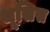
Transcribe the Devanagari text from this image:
थूसिस